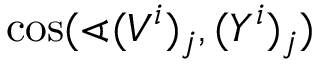
\cos ( \sphericalangle ( V ^ { i } ) _ { j } , ( Y ^ { i } ) _ { j } )